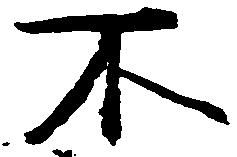
不